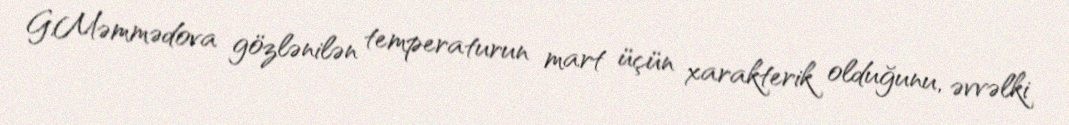
G.Məmmədova gözlənilən temperaturun mart üçün xarakterik olduğunu, əvvəlki